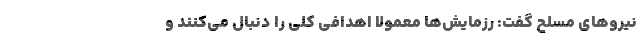
نیروهای مسلح گفت: رزمایش‌ها معمولاً اهدافی کلی را دنبال می‌کنند و